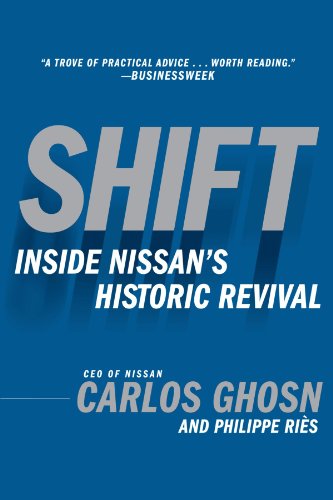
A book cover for Shift; Philippe Ries Carlos Ghosn; Engineering & Transportation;